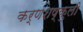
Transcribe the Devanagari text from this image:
कर्णशष्कुली